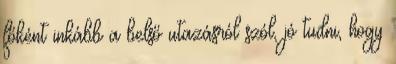
főként inkább a belső utazásról szól, jó tudni, hogy